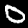
Label: 0